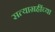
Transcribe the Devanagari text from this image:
सत्याग्रहींच्या